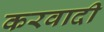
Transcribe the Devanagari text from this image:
करवादी